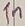
Text: In